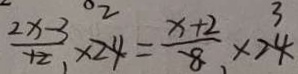
\frac { 2 x - 3 } { 1 2 } \times 2 4 = \frac { x + 2 } { 8 } \times 2 4